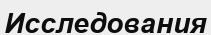
Исследования